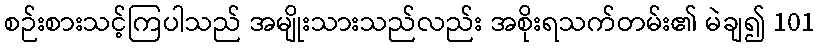
စဉ်းစားသင့်ကြပါသည် အမျိုးသားသည်လည်း အစိုးရသက်တမ်း၏ မဲချ၍ 101